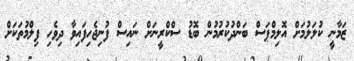
ޒަމާނީ ކުލަލުމަށް އޮލިމްޕަސް ބަންދުކުރުމުން ބޮޑު ސްކްރީނަށް ނައިސް ފުނިޖެހިފައިވާ ދިވެހި ފިލްމުތަކަށް